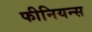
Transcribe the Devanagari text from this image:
फीनियन्स